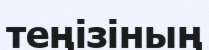
теңізіның